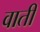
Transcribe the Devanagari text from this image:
वाती